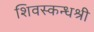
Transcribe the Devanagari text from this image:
शिवस्कन्धश्री